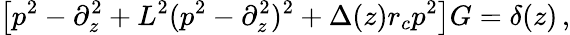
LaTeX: \left[p^{2}-\partial_{z}^{2}+L^{2}(p^{2}-\partial_{z}^{2})^{2}+\Delta(z)r_{c}p^{2}\right]G=\delta(z)\, ,